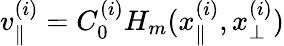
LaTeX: v_{\parallel}^{(i)}=C_{0}^{(i)}H_{m}(x_{\parallel}^{(i)},x_{\perp}^{(i)})